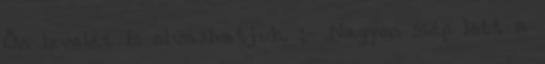
Ön levelét is olvashatjuk. ;- Nagyon szép lett a